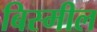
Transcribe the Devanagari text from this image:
बिस्मील